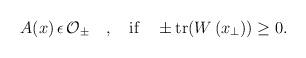
LaTeX: \begin{align*} A(x)\, \epsilon \, {\cal O}_{\pm} \quad ,\quad \mbox{if}\quad \pm \mbox{tr}(W \left(x_{\perp}\right))\ge 0 .\end{align*}